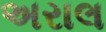
અરાલ